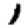
Digit: 1